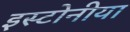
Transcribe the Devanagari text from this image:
इस्टोनीया